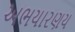
અભયારણય